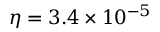
\eta = 3 . 4 \times 1 0 ^ { - 5 }